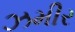
ઝમીર